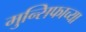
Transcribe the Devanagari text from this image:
मुन्सिफाच्या